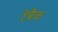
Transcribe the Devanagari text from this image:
रेबैक